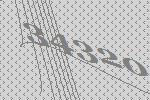
34320